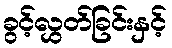
ခွင့်လွှတ်ခြင်းနှင့်